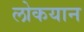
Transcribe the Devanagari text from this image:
लोकयान